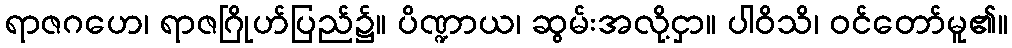
ရာဇဂဟေ၊ ရာဇဂြိုဟ်ပြည်၌။ ပိဏ္ဍာယ၊ ဆွမ်းအလို့ငှာ။ ပါဝိသိ၊ ဝင်တော်မူ၏။